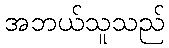
အဘယ်သူသည်